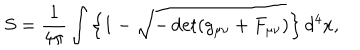
S = \frac { 1 } { 4 \pi } \int \left\{ 1 - \sqrt { - \det ( g _ { \mu \nu } + F _ { \mu \nu } ) } \right\} d ^ { 4 } x ,